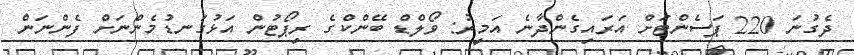
ދެގުނަ 220 ޕަސެންޓަށް އަރައިގެންދާނެ އަމީރު: ވޯލްޑް ބޭންކްގެ ރިޕޯޓުން އަޅުގަނޑުމެންނަށް ފެންނަން